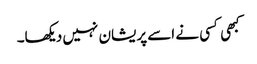
کبھی کسی نے اسے پریشان نہیں دیکھا۔